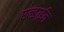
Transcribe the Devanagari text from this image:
एल्डाईन